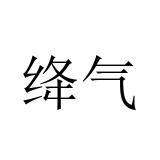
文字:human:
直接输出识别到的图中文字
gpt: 绛气